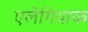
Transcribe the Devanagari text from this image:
एलेगियाक